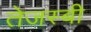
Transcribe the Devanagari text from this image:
तेजस्बी